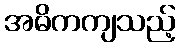
အဓိကကျသည့်